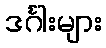
ဒင်္ဂါးများ